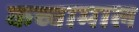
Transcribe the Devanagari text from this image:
कच्‍चामाल